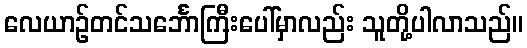
လေယာဉ်တင်သင်္ဘောကြီးပေါ်မှာလည်း သူတို့ပါလာသည်။